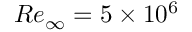
R e _ { \infty } = 5 \times 1 0 ^ { 6 }